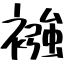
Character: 襁